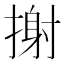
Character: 𢲌